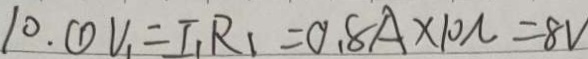
1 0 . \textcircled { 1 } V _ { 1 } = I _ { 1 } R _ { 1 } = 0 . 8 A \times 1 0 N = 8 V